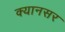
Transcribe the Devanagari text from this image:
क्यानसर